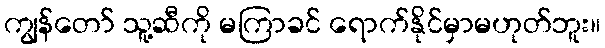
ကျွန်တော် သူ့ဆီကို မကြာခင် ရောက်နိုင်မှာမဟုတ်ဘူး။